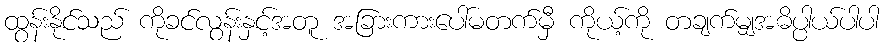
ထွန်းနိုင်သည် ကိုခင်လွန်းနှင့်အတူ အခြားကားပေါ်မတက်မှီ ကိုယ့်ကို တချက်မျှအဓိပ္ပါယ်ပါပါ